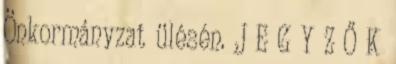
Önkormányzat ülésén. J E G Y Z Ő K